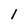
Character: 1